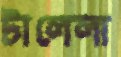
টালেলা